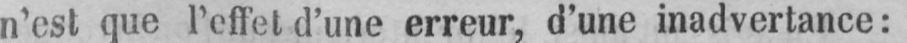
n’est que l’effet d’une erreur, d’une inadvertance: